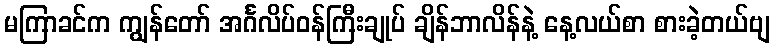
မကြာခင်က ကျွန်တော် အင်္ဂလိပ်ဝန်ကြီးချုပ် ချိန်ဘာလိန်နဲ့ နေ့လယ်စာ စားခဲ့တယ်ဗျ